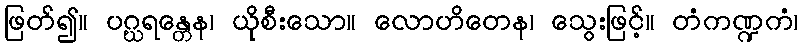
ဖြတ်၍။ ပဂ္ဃရန္တေန၊ ယိုစီးသော။ လောဟိတေန၊ သွေးဖြင့်။ တံကဏ္ဍကံ၊